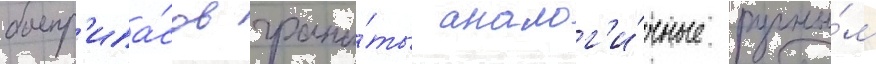
боепр'ипа́сов грана́ты аналог'и́чные ручны́м